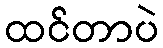
ထင်တာပဲ